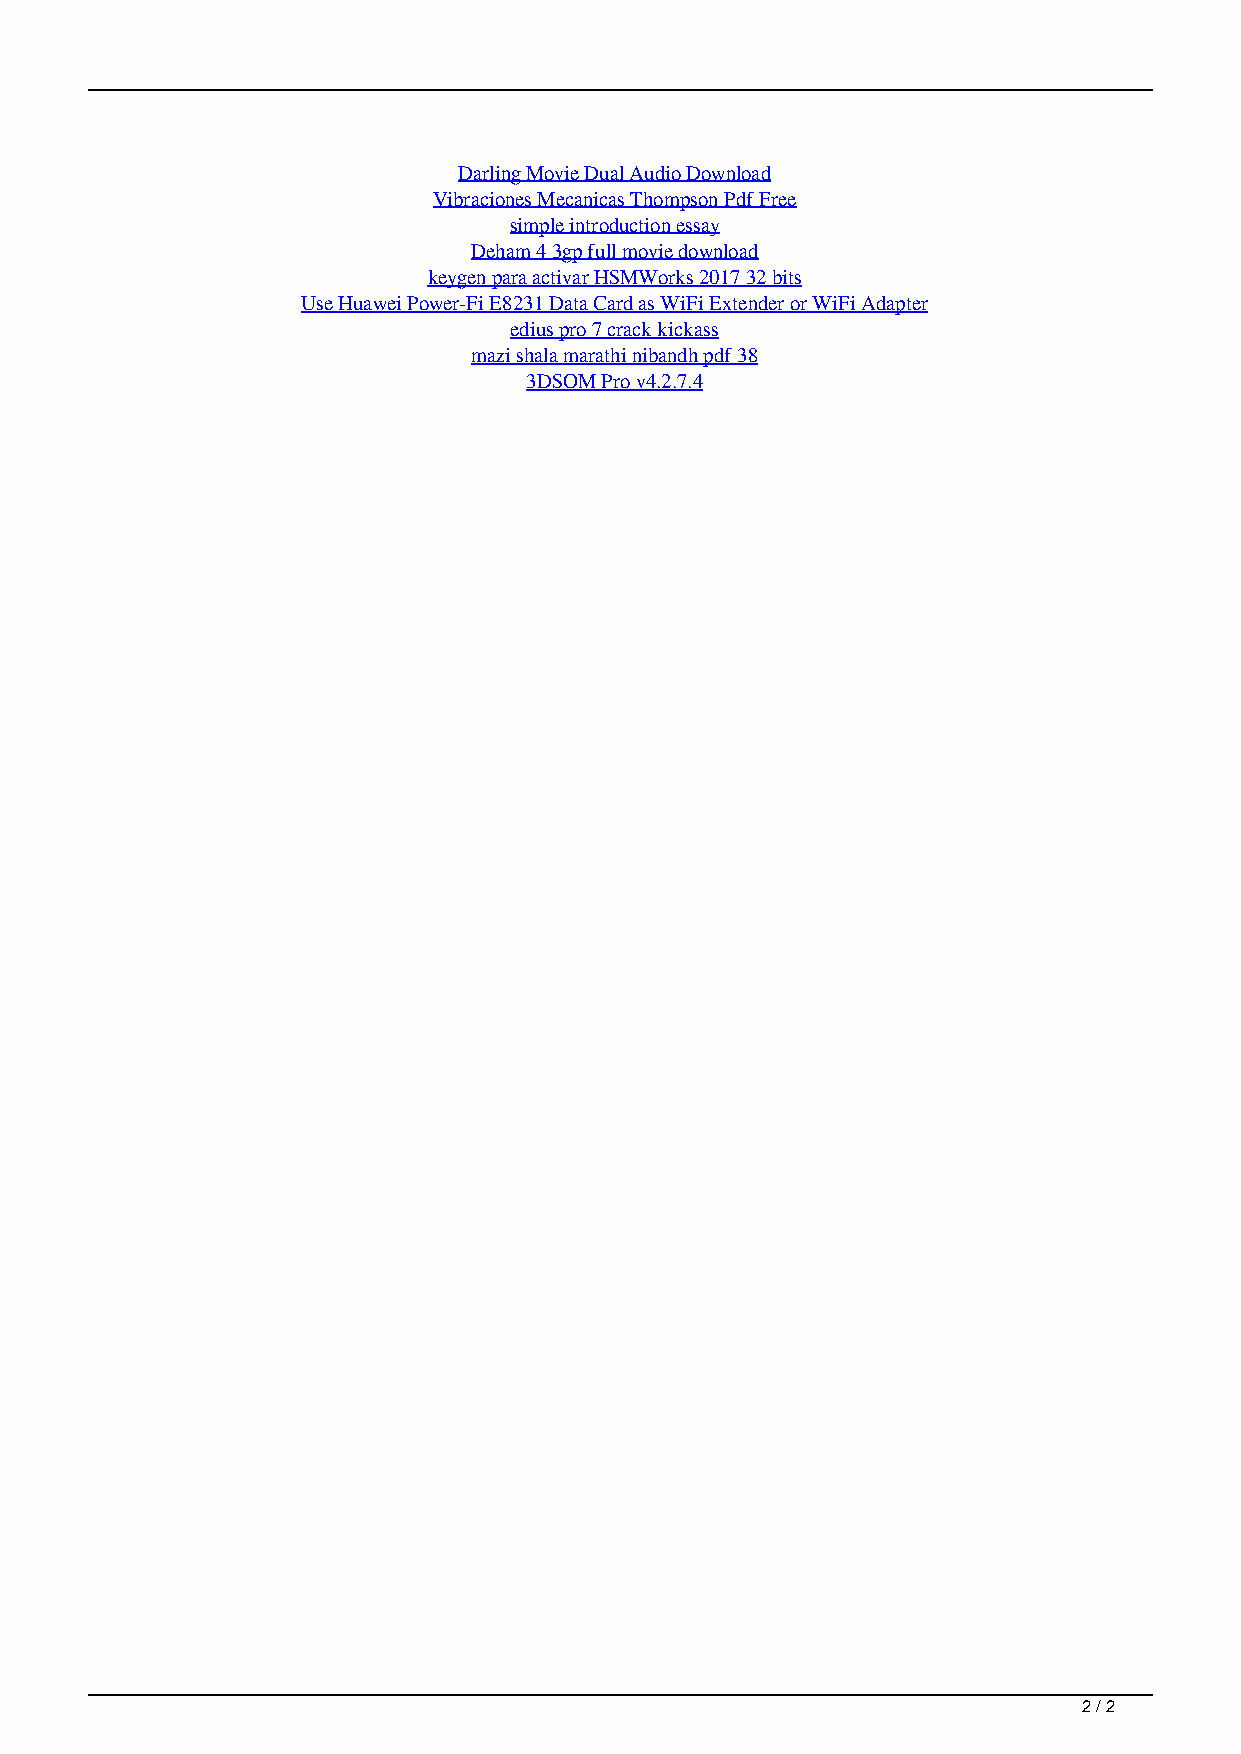
Darling Movie Dual Audio Download
 Vibraciones Mecanicas Thompson Pdf Free
 simple introduction essay
 Deham 4 3gp full movie download
 keygen para activar HSMWorks 2017 32 bits
 Use Huawei Power-Fi E8231 Data Card as WiFi Extender or WiFi Adapter
 edius pro 7 crack kickass
 mazi shala marathi nibandh pdf 38
 3DSOM Pro v4.2.7.4
 2 / 2
 Azeri Times Azlat Download grace mercedes homme misanthrope kitty schareza